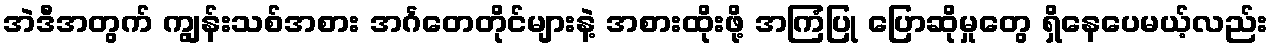
အဲဒီအတွက် ကျွန်းသစ်အစား အင်္ဂတေတိုင်များနဲ့ အစားထိုးဖို့ အကြံပြု ပြောဆိုမှုတွေ ရှိနေပေမယ့်လည်း